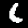
Label: 6